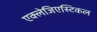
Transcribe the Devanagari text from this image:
एक्लेजिएस्टिकल